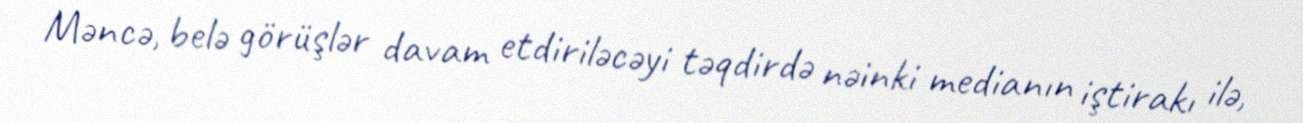
Məncə, belə görüşlər davam etdiriləcəyi təqdirdə nəinki medianın iştirakı ilə,